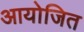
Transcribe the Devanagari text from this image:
आयोजित